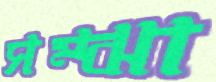
সম্‌ঝা